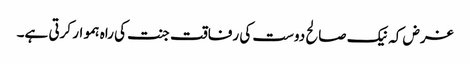
غرض کہ نیک صالح دوست کی رفاقت جنت کی راہ ہموار کرتی ہے۔